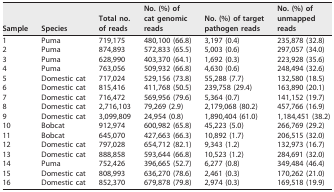
<table><thead><tr><td><b>Sample</b></td><td><b>Species</b></td><td><b>Total no. of reads</b></td><td><b>No. (%) of cat genomic reads</b></td><td><b>No. (%) of target pathogen reads</b></td><td><b>No. (%) of unmapped reads</b></td></tr></thead><tbody><tr><td>1</td><td>Puma</td><td>719,175</td><td>480,100 (66.8)</td><td>3,197 (0.4)</td><td>235,878 (32.8)</td></tr><tr><td>2</td><td>Puma</td><td>874,893</td><td>572,833 (65.5)</td><td>5,003 (0.6)</td><td>297,057 (34.0)</td></tr><tr><td>3</td><td>Puma</td><td>628,990</td><td>403,370 (64.1)</td><td>1,692 (0.3)</td><td>223,928 (35.6)</td></tr><tr><td>4</td><td>Puma</td><td>763,056</td><td>509,932 (66.8)</td><td>4,630 (0.6)</td><td>248,494 (32.6)</td></tr><tr><td>5</td><td>Domestic cat</td><td>717,024</td><td>529,156 (73.8)</td><td>55,288 (7.7)</td><td>132,580 (18.5)</td></tr><tr><td>6</td><td>Domestic cat</td><td>815,416</td><td>411,768 (50.5)</td><td>239,758 (29.4)</td><td>163,890 (20.1)</td></tr><tr><td>7</td><td>Domestic cat</td><td>716,472</td><td>569,956 (79.6)</td><td>5,364 (0.7)</td><td>141,152 (19.7)</td></tr><tr><td>8</td><td>Domestic cat</td><td>2,716,103</td><td>79,269 (2.9)</td><td>2,179,068 (80.2)</td><td>457,766 (16.9)</td></tr><tr><td>9</td><td>Domestic cat</td><td>3,099,809</td><td>24,954 (0.8)</td><td>1,890,404 (61.0)</td><td>1,184,451 (38.2)</td></tr><tr><td>10</td><td>Bobcat</td><td>912,974</td><td>600,982 (65.8)</td><td>45,223 (5.0)</td><td>266,769 (29.2)</td></tr><tr><td>11</td><td>Bobcat</td><td>645,070</td><td>427,663 (66.3)</td><td>10,892 (1.7)</td><td>206,515 (32.0)</td></tr><tr><td>12</td><td>Domestic cat</td><td>797,028</td><td>654,712 (82.1)</td><td>9,343 (1.2)</td><td>132,973 (16.7)</td></tr><tr><td>13</td><td>Domestic cat</td><td>888,858</td><td>593,644 (66.8)</td><td>10,523 (1.2)</td><td>284,691 (32.0)</td></tr><tr><td>14</td><td>Puma</td><td>752,426</td><td>396,665 (52.7)</td><td>6,277 (0.8)</td><td>349,484 (46.4)</td></tr><tr><td>15</td><td>Domestic cat</td><td>808,993</td><td>636,270 (78.6)</td><td>2,461 (0.3)</td><td>170,262 (21.0)</td></tr><tr><td>16</td><td>Domestic cat</td><td>852,370</td><td>679,878 (79.8)</td><td>2,974 (0.3)</td><td>169,518 (19.9)</td></tr></tbody></table>